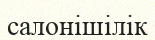
салонішілік